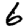
Digit: 6